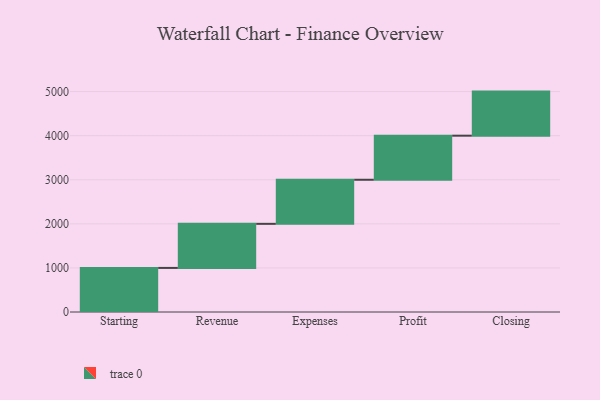
{"axis": {"x": "Step", "y": "Value"}, "legend": [""], "data": [{"x": "Starting", "y": 1000, "type": ""}, {"x": "Revenue", "y": 1000, "type": ""}, {"x": "Expenses", "y": 1000, "type": ""}, {"x": "Profit", "y": 1000, "type": ""}, {"x": "Closing", "y": 1000, "type": ""}]}